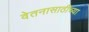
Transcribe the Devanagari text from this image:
वेतनासाठीच्या